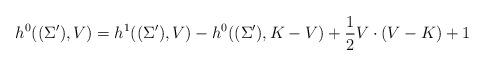
LaTeX: \begin{align*}h^0((\Sigma'),V) = h^1((\Sigma'),V) - h^0((\Sigma'),K-V) + \frac{1}{2}V \cdot (V - K) + 1\end{align*}